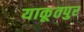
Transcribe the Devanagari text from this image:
याकूतपुर